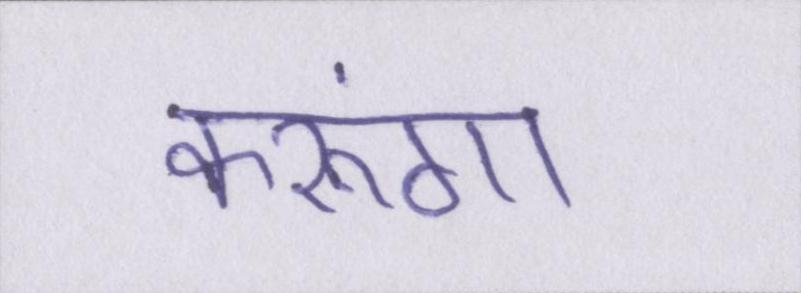
करूंगा